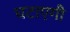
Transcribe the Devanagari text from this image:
घटाएगी